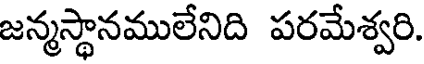
జన్మస్థానములేనిది పరమేశ్వరి.